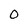
Character: 0